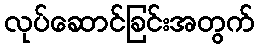
လုပ်ဆောင်ခြင်းအတွက်